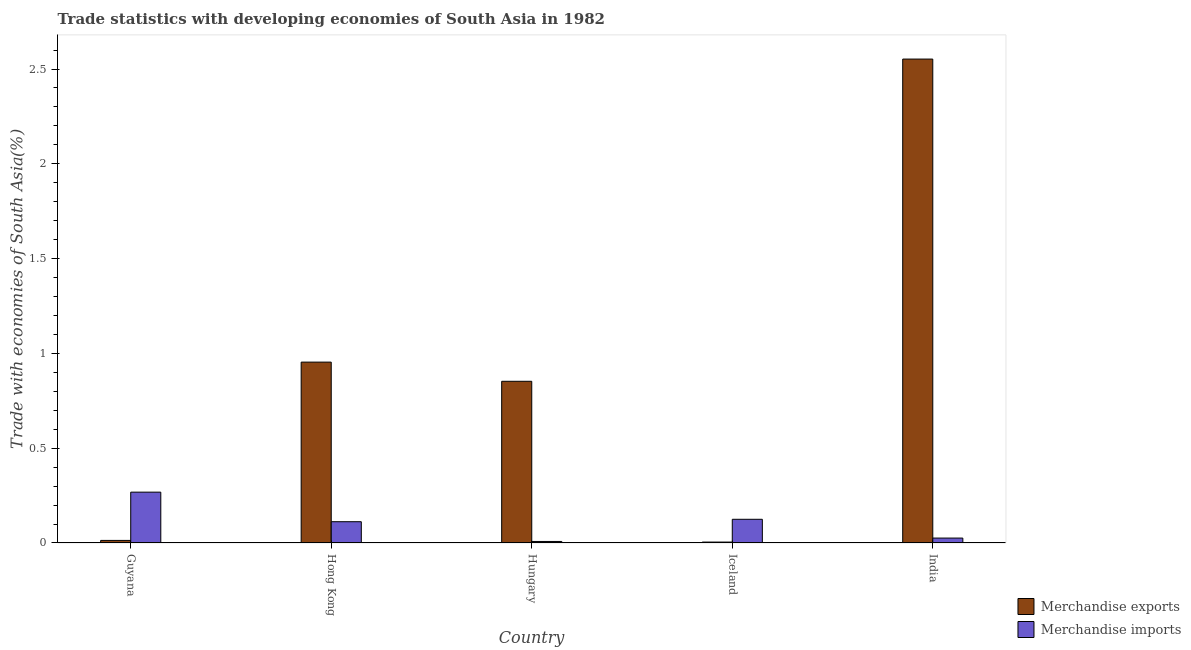
| Country | Merchandise exports | Merchandise imports |
 | --- | --- | --- |
 | Guyana | 0.0135 | 0.268 |
 | Hong Kong | 0.954 | 0.112 |
 | Hungary | 0.853 | 0.00805 |
 | Iceland | 0.00481 | 0.125 |
 | India | 2.55 | 0.0259 |